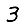
Digit: 3